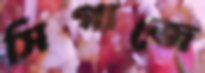
সিগাজে